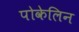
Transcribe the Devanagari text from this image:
पोकेलिन